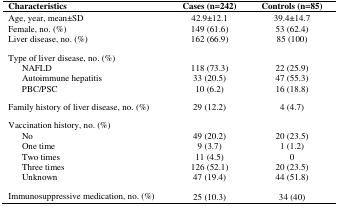
| Characteristics | Cases (n=242) | Controls (n=85) |
 | --- | --- | --- |
 | Age, year, mean±SD | 42.9±12.1 | 39.4±14.7 |
 | Female, no. (%) | 149 (61.6) | 53 (62.4) |
 | Liver disease, no. (%) | 162 (66.9) | 85 (100) |
 | Type of liver disease, no. (%) |  |  |
 | NAFLD | 118 (73.3) | 22 (25.9) |
 | Autoimmune hepatitis | 33 (20.5) | 47 (55.3) |
 | PBC/PSC | 10 (6.2) | 16 (18.8) |
 | Family history of liver disease, no. (%) | 29 (12.2) | 4 (4.7) |
 | Vaccination history, no. (%) |  |  |
 | No | 49 (20.2) | 20 (23.5) |
 | One time | 9 (3.7) | 1 (1.2) |
 | Two times | 11 (4.5) | 0 |
 | Three times | 126 (52.1) | 20 (23.5) |
 | Unknown | 47 (19.4) | 44 (51.8) |
 | Immunosuppressive medication, no. (%) | 25 (10.3) | 34 (40) |